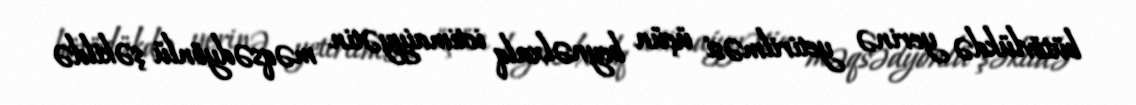
bütövlükdə yerinə yetirilməsi üçün beynəlxalq ictimaiyyətin məqsədyönlü şəkildə